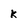
Character: k